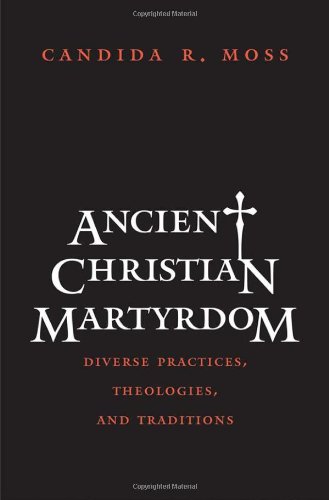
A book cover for Ancient Christian Martyrdom: Diverse Practices, Theologies, and Traditions (The Anchor Yale Bible Reference Library); Candida R. Moss; Health, Fitness & Dieting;